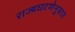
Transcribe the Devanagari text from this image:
राज्यघटणेनुसार